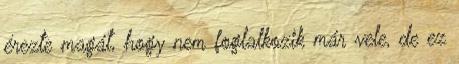
érezte magát, hogy nem foglalkozik már vele, de ez